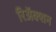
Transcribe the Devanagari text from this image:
रिअॅक्शन